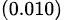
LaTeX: _{(0.010)}